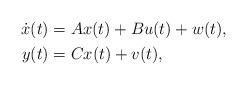
LaTeX: \begin{align*} \begin{aligned} \dot x(t) &= Ax(t) + Bu(t) + w(t),\\ y(t) &= Cx(t) + v(t), \end{aligned}\end{align*}